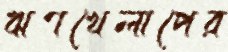
ঋণখেলাপের